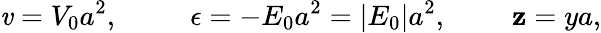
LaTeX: \mathit{v}=V_{0}a^{2},~~~~~~~~~~\epsilon=-E_{0}a^{2}=|E_{0}|a^{2},~~~~~~~~~\mathbf{z}=ya,